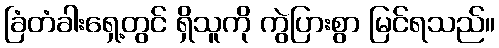
ခြံတံခါးရှေ့တွင် ရှိသူကို ကွဲပြားစွာ မြင်ရသည်။